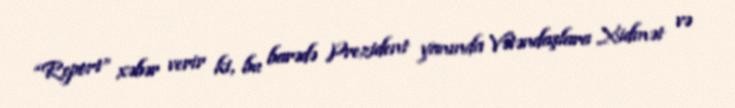
“Report” xəbər verir ki, bu barədə Prezident yanında Vətəndaşlara Xidmət və